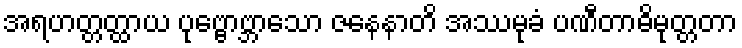
အရဟတ္တတ္ထာယ ပုဗ္ဗောဗ္ဘာသော ဇနေနာတိ အဿမုခံ ပဏီတာဓိမုတ္တတာ